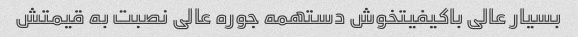
بسیار عالی باکیفیتخوش دستهمه جوره عالی نصبت به قیمتش